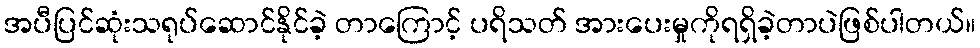
အပီပြင်ဆုံးသရုပ်ဆောင်နိုင်ခဲ့ တာကြောင့် ပရိသတ် အားပေးမှုကိုရရှိခဲ့တာပဲဖြစ်ပါတယ်။